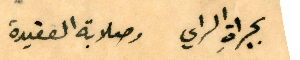
بجرأةِ الراي وصلابة العقيدة